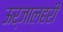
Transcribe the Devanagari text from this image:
ऊर्जालहरी